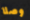
وصلا